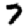
Digit: 7